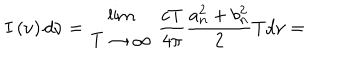
I \left( \nu \right) d \nu = { { \lim } \atop { T \to \infty } } ~ \frac { c T } { 4 \pi } \frac { a _ { n } ^ { 2 } + b _ { n } ^ { 2 } } { 2 } T d \nu =